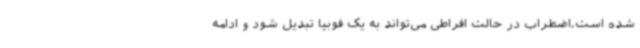
شده است،اضطراب در حالت افراطی می‌تواند به یک فوبیا تبدیل شود و ادامه